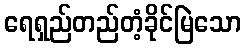
ရေရှည်တည်တံ့ခိုင်မြဲသော